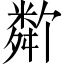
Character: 𬖩